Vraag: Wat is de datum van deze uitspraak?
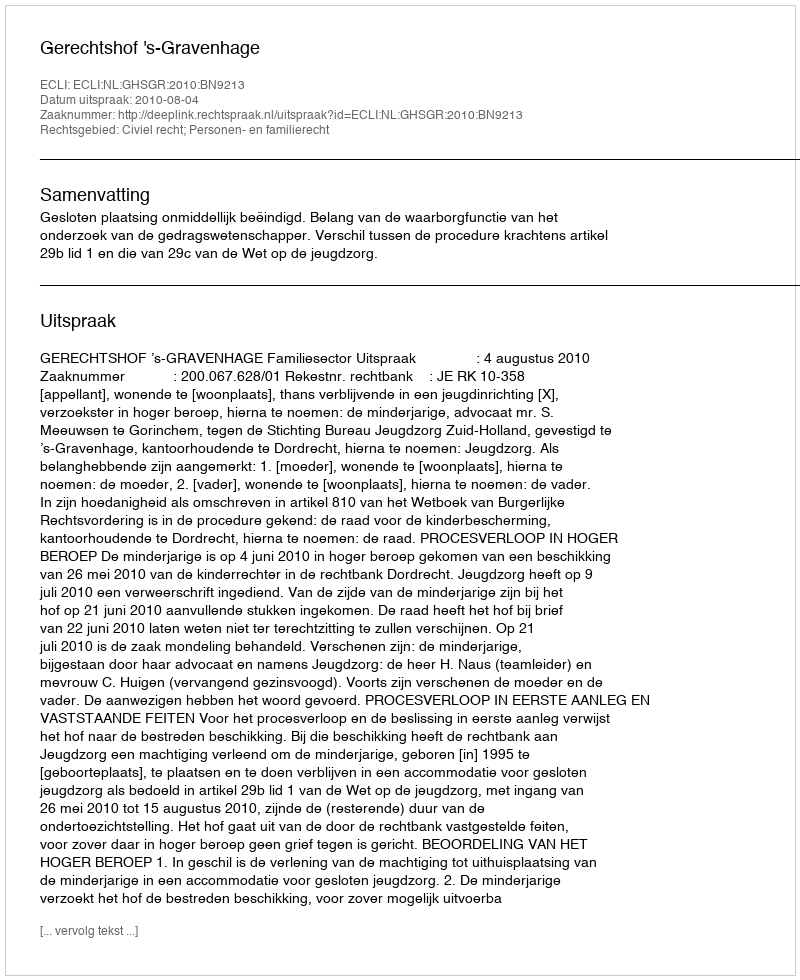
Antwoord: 2010-08-04